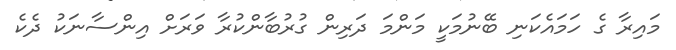
މައިރާ ގެ ހަމައެކަނި ބޭނުމަކީ މަންމަ ދަރިން ގުރުބާންކުރާ ވަރަށް އިންސާނަކު ދެކެ